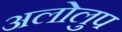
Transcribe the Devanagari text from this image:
अलोलुप